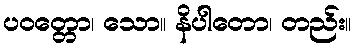
ပဝတ္တော၊ သော။ နိပါတော၊ တည်း။